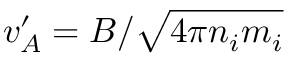
v _ { A } ^ { \prime } = B / \sqrt { 4 \pi n _ { i } m _ { i } }